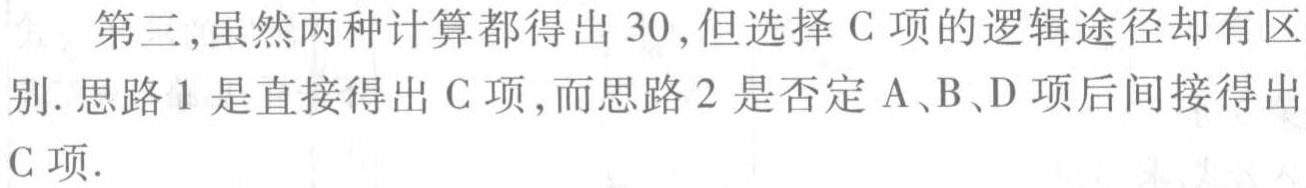
第三,虽然两种计算都得出 30,但选择 C 项的逻辑途径却有区别. 思路 1 是直接得出 C 项,而思路 2 是否定 A、B、D 项后间接得出 C 项.